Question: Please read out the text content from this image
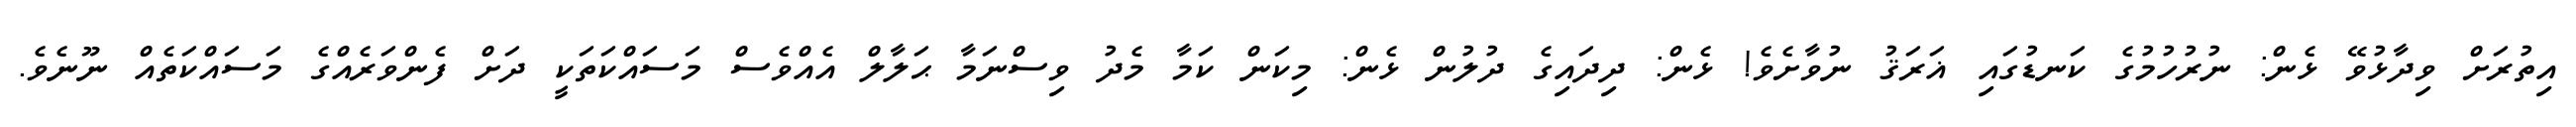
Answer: އިތުރަށް ވިދާޅުވޭ ޅެން: ނުރުހުމުގެ ކަނޑުގައި ޣަރަޤު ނުވާށެވެ! ޅެން: ދިދައިގެ ދުލުން ޅެން: މިކަން ކަމާ މެދު ވިސްނަމާ ޙަލާލް އެއްވެސް މަސައްކަތަކީ ދަށް ފެންވަރެއްގެ މަސައްކަތެއް ނޫނެވެ.